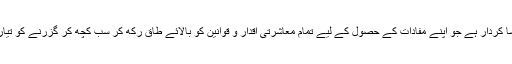
یہ بات چاہے جھوٹ پر ہی کیوں نہ مبنی ہو لیکن گنگو تیلی ایک ایسا کردار ہے جو اپنے مفادات کے حصول کے لیے تمام معاشرتی اقدار و قوانین کو بالائے طاق رکھ کر سب کچھ کر گزرنے کو تیار نظر آتا ہے اور تباہی و بربادی معاشرے کے حصے میں آتی ہے۔